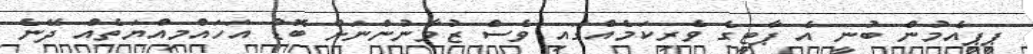
ޕީޕީއެމުން ބުނީ އެ ޕާޓީގެ ވެރިކަމެއްގައި ވެސް ޒުވާނުންނަށް ބޮޑު އަހައްމިއްޔަތެއް ދޭނެ